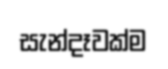
සැන්දෑවක්ම